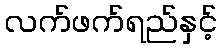
လက်ဖက်ရည်နှင့်